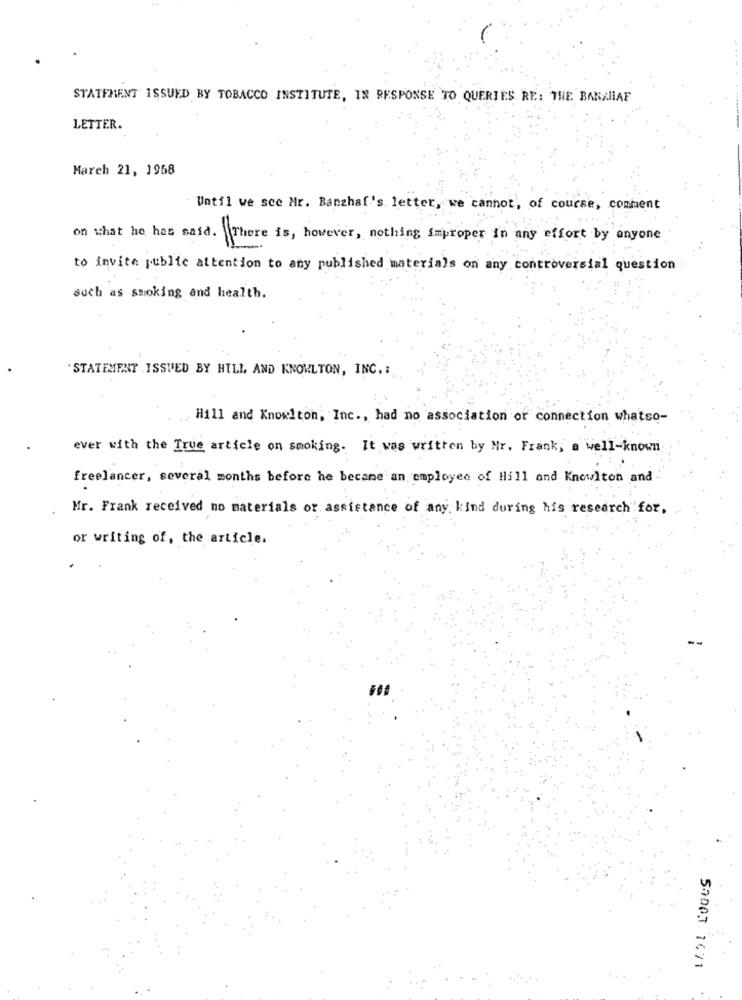
STATEMENT ISSUED BY TOBACCO INSTITUTE, IN RESPONSE TO QUERIES RE: THE BANAHAF
LETTER.
March 21, 1968
Until we sce Mr. Barzhaf's. letter, we cannot, of course, comment
on what he has said. There is, however, nothing improper in any effort by anyone
to invite public attention to any published materials on any controversial question
such as smoking and health.
.STATEMENT ISSUED BY HILL AND KNOWLTON, INC .:
Hill and Knowlton, Inc ., had no association or connection whatso-
ever with the True article on smoking. It was written by Mr. Frank, a well-known
freelancer, several months before he became an employee of Hill and Knowlton and
Mr. Frank received no materials or assistance of any kind during his research for,
or writing of, the article.
5000T 1671